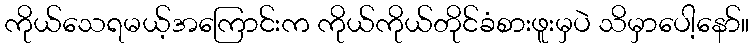
ကိုယ်သေရမယ့်အကြောင်းက ကိုယ်ကိုယ်တိုင်ခံစားဖူးမှပဲ သိမှာပေါ့နော်။